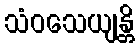
သံဝသေယျန္တိ